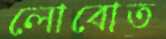
লোবোত